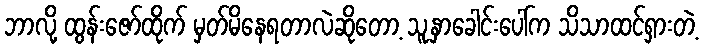
ဘာလို့ ထွန်းဇော်ထိုက် မှတ်မိနေရတာလဲဆိုတော့ သူ့နှာခေါင်းပေါ်က သိသာထင်ရှားတဲ့